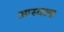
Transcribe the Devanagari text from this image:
आस्वल्ड